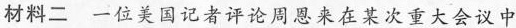
材料二一位美国记者评论周恩来在某次重大会议中